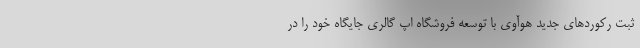
ثبت رکوردهای جدید هوآوی با توسعه فروشگاه اپ گالری جایگاه خود را در